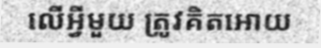
លើអ្វីមួយ ត្រូវគិតអោយ